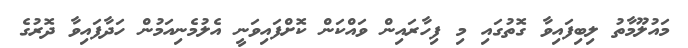
މައުލޫމާތު ލިބިފައިވާ ގޮތުގައި މި ފިހާރައިން ވައްކަން ކޮށްފައިވަނީ އެލުމެނިއަމުން ހަދާފައިވާ ދޮރުގެ